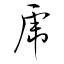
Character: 虎